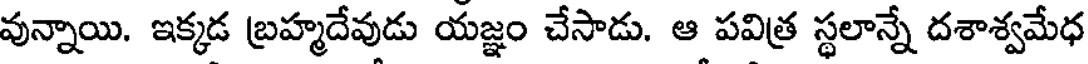
వున్నాయి. ఇక్కడ బ్రహ్మదేవుడు యజ్ఞం చేసాడు. ఆ పవిత్ర స్థలాన్నే దశాశ్వమేధ